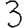
Digit: 3